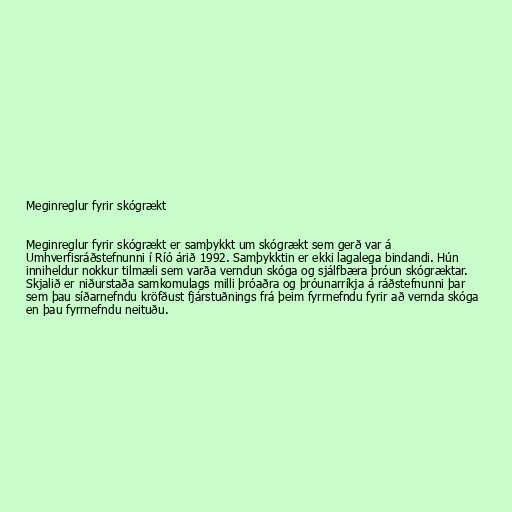
Meginreglur fyrir skógrækt

Meginreglur fyrir skógrækt er samþykkt um skógrækt sem gerð var á
Umhverfisráðstefnunni í Ríó árið 1992. Samþykktin er ekki lagalega bindandi. Hún
inniheldur nokkur tilmæli sem varða verndun skóga og sjálfbæra þróun skógræktar.
Skjalið er niðurstaða samkomulags milli þróaðra og þróunarríkja á ráðstefnunni þar
sem þau síðarnefndu kröfðust fjárstuðnings frá þeim fyrrnefndu fyrir að vernda skóga
en þau fyrrnefndu neituðu.